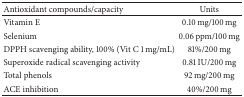
<table><thead><tr><td><b>Antioxidant compounds/capacity </b></td><td><b>Units </b></td></tr></thead><tbody><tr><td>Vitamin E</td><td>0.10 mg/100 mg</td></tr><tr><td>Selenium </td><td>0.06 ppm/100 mg</td></tr><tr><td>DPPH scavenging ability, 100% (Vit C 1 mg/mL)</td><td>81%/200 mg</td></tr><tr><td>Superoxide radical scavenging activity</td><td>0.81 IU/200 mg</td></tr><tr><td>Total phenols</td><td>92 mg/200 mg</td></tr><tr><td>ACE inhibition</td><td>40%/200 mg </td></tr></tbody></table>